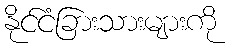
နိုင်ငံခြားသားများကို